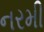
નરમી